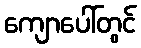
ကျောပေါ်တွင်